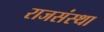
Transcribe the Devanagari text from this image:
राजसंस्था